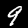
Label: 9